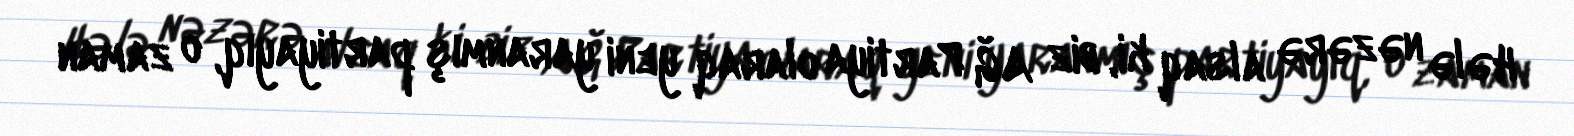
Hələ nəzərə alsaq ki, biz AĞ Partiya olaraq yeni yaranmış partiyayıq, o zaman